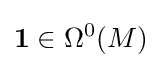
\mathbf {1} \in \Omega ^{0}(M)